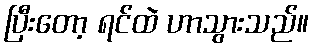
ပြီးတော့ ရင်ထဲ ဟာသွားသည်။